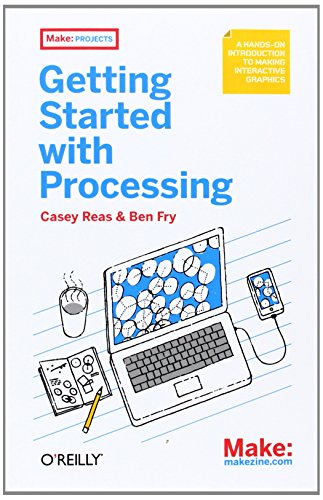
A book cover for Getting Started with Processing; Casey Reas; Computers & Technology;